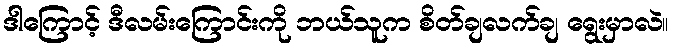
ဒါကြောင့် ဒီလမ်းကြောင်းကို ဘယ်သူက စိတ်ချလက်ချ ရွေးမှာလဲ။